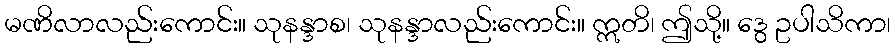
မဏိလာလည်းကောင်း။ သုနန္ဒာစ၊ သုနန္ဒာလည်းကောင်း။ ဣတိ၊ ဤသို့။ ဒွေ ဥပါသိကာ၊